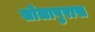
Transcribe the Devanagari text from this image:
सोलापुरास